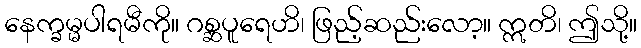
နေက္ခမ္မပါရမီကို။ ဂစ္ဆပူရေဟိ၊ ဖြည့်ဆည်းလော့။ ဣတိ၊ ဤသို့။